Lunatic asylums Madras 1892-1911 - 1892-1911
Year: 1892
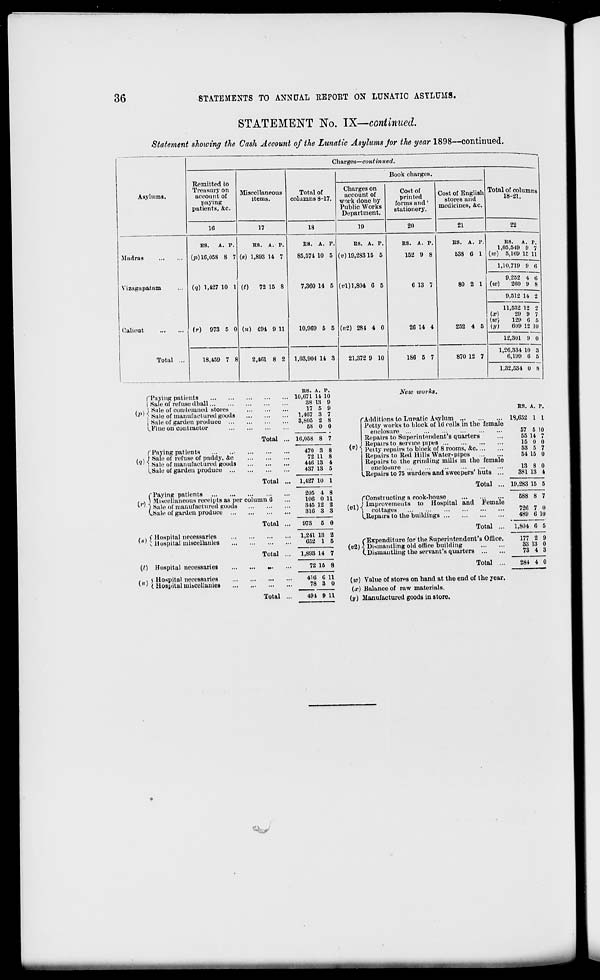
36
STATEMENTS TO ANNUAL REPORT ON LUNATIC ASYLUMS.
STATEMENT No. IX—continued.
Statement showing the Cash Account of the Lunatic Asylums for the year 1898—continued.
Charges—contimt erf.
Remitted to
Treasury on
account of
paying
patients, &o.
Miscellaneous
items.
Total of
columns 8-17.
Book charges.
Total of columns
18-21.
Asylums.
Charges on
account of
work done by
Public Works
Department.
Cost of
printed
forms and'
stationery.
Cost of English
stores and
medicines, &c.
16
17
18
19
20
21
22
Madras
US.
A. 7.
(p) 16,058 8 7
(q) 1,427 10 1
(r) 973 5 0
HS. A. p.
(s) 1,893 14 7
(t)
72 15 8
(M) 491 9 11
ES. A. r.
85,574 10 5
7,360 14 5
10,969 5 5
ES. A. P.
(v) 19,283 15 5
(wl)l,804 6 5
(«2) 284 4 0
ES. A. P.
152 9 8
6 13 7
26 14 4
ES. A. P.
638 6 1
80 2 1
252 4 5
RS.
A. p.
1,05,640 0 7
(iu) 5,169 IE 11
1,10,719 0 6
Vizagapatam
9,252 4 (i
(w)
260 9 8
9,512 14 2
Calicut
11,532 12 2
Or)
29 9 7
(to)
120 6 5
(y)
609 12 10
12,301 9 0
Total ...
18,459 7 8
2,4(51 8 2 1,03,904 14 3
21,372 9 10
1S6 5 7
870 12 7
1,26,334 10 8
6,199 6 5
1,32,534 0 8
("Paying patients
| Sale of refuse dhall
/ \j Sale of condemned stores
" I Sale of manufactured goods
Sale of garden produce
(.Fine on contractor
rPaying patients
, , j Salt; of refuse of paddy, &c
W I Salt; of manufactured goods
L.Sale of garden produce ...
Total
Total
(Paying pntients
5 Miscellaneous receipts as per column 6
*'' } Sale of manufactured goods
(.Sale of garden produce
» , f Hospital necessaries
'"' s Hospital iniscellanie! lies
Total
Total
(/) Hospital necessaries
(«)
i Hospital necessaries
( Hospital miscellanies
Total
RS. A. P.
10,671 14 10
38 18 0
17 5 9
1,407 3 7
3,805 2 8
58 0 0
16,058 8 7
470 3
72 11
446 13
437 18
8
8
4
5
1,427 10 1
205 4 8
106 0 11
345 12 2
316 3 3
973 5 0
1,241 13
652 1
a
5
1,893 14 7
72 15 8
416 0
78 3
11
0
(v)
New works.
"Additions to Lunatic Asylum
Petty works to block of 16 cells.in the female
enclosure
Repairs to Superintendent's quarters
Repairs to service pipes
Petty repairs to block of 8 rooms, &c
Repairs to Red Hills Water-pipes
Repairs to the grinding mills in the female
enclosure
^Repairs to 75 warders and sweepers' huts ...
ES. A. p.
18,652 1 1
57 5
55 14
15 0
53 5
54 15
13 8
381 13
10
(' )
7
0
0
1
Total ... 10,283 15 5
f Constructing a cook-house
(«1) «
j Improvements to Hospital and Female
cottages
L Repairs to the buildings
Total
491 0 11
("Expenditure for the Superintendent's Office.
(«2) < Dismantling old ollice building
CDismantling the servant's quarters
Total ...
(it>) Value of stores on hand at the end of the year,
(x) Balance of raw materials.
(y) Manufactured goods iu store.
588 8 7
726
489
7 0
6 10
1,804 6 5
177 2
33 13
73 4
0
■A
284 4 0
^J